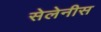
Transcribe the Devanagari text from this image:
सेलेनीस